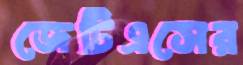
জেটিএসের